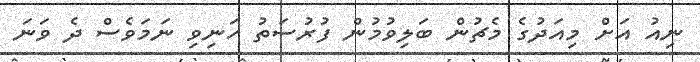
ނިއު އަށް މިއަދުގެ މެޗުން ބަލިވުމުން ފުރުސަތު ހަނިވި ނަމަވެސް ދެ ވަނަ